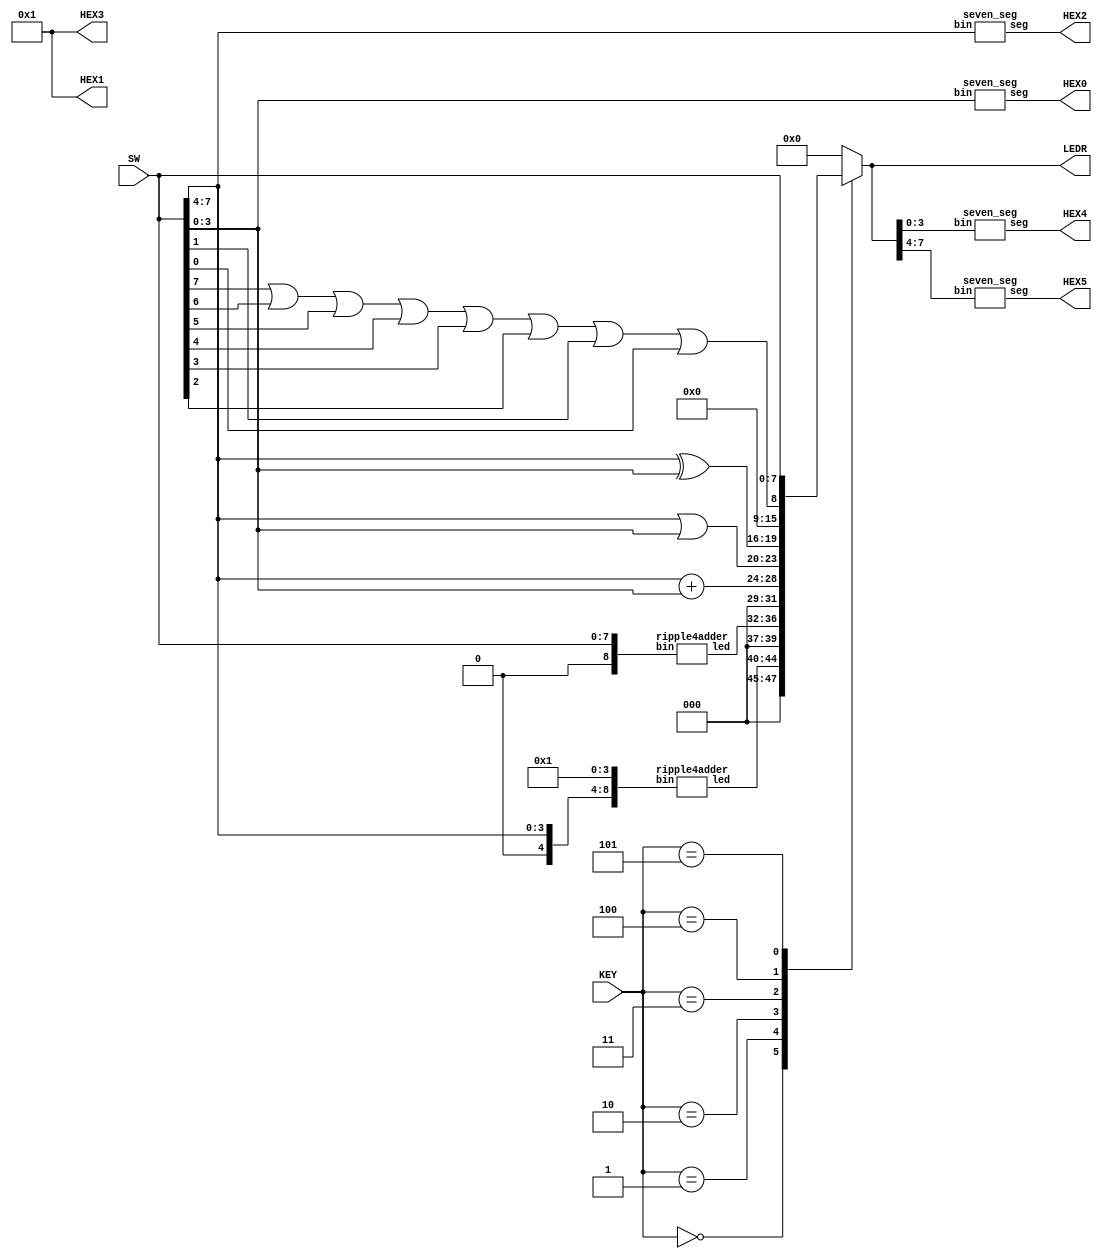
module alu(SW, KEY, LEDR, HEX0, HEX1, HEX2, HEX3, HEX4, HEX5);
    input [7:0] SW; // A -> SW[7:4], B -> SW[3:0]
    input [2:0] KEY; // function inputs
    output [7:0] LEDR; // for ALUout
    output [0:6] HEX0, HEX1, HEX2, HEX3, HEX4, HEX5;
    wire [4:0] f0;
    wire [4:0] f1;
    
    reg [7:0] ALUout;

    assign HEX1 = 7'b0000001;
    assign HEX3 = 7'b0000001;


    ripple4adder r0(
        .bin({1'b0, SW[7:4], 4'b0001}),
        .led(f0)
    );

    ripple4adder r1(
        .bin({1'b0, SW[7:0]}),
        .led(f1)
    );

    always @(*)
    begin
        case(KEY[2:0])
            0: ALUout = {3'b000, f0};
            1: ALUout = {3'b000, f1};
            2: ALUout = SW[7:4] + SW[3:0];
            3: ALUout = {SW[7:4] | SW[3:0], SW[7:4] ^ SW[3:0]};
            4: ALUout = {7'b0000000, SW[7] | SW[6] | SW[5] | SW[4] | SW[3] | SW[2] | SW[1] | SW[0]};
            5: ALUout = SW[7:0];
            default: ALUout = 8'b00000000;
        endcase
    end
    
    assign LEDR = ALUout;

    seven_seg h0(
        .bin(SW[3:0]),
        .seg(HEX0)
    );

    seven_seg h2(
        .bin(SW[7:4]),
        .seg(HEX2)
    );

    seven_seg h4(
        .bin(ALUout[3:0]),
        .seg(HEX4)
    );

    seven_seg h5(
        .bin(ALUout[7:4]),
        .seg(HEX5)
    );
endmodule


module seven_seg(seg, bin);
    input [3:0] bin;
    output [0:6] seg;
    reg [0:6] seg;

    always @(bin)
    begin
        case (bin)
            0 : seg = 7'b0000001;
            1 : seg = 7'b1001111;
            2 : seg = 7'b0010010;
            3 : seg = 7'b0000110;
            4 : seg = 7'b1001100;
            5 : seg = 7'b0100100;
            6 : seg = 7'b0100000;
            7 : seg = 7'b0001111;
            8 : seg = 7'b0000000;
            9 : seg = 7'b0000100;
            10 : seg = 7'b0001000;
            11 : seg = 7'b1100000;
            12 : seg = 7'b0110001;
            13 : seg = 7'b1000010;
            14 : seg = 7'b0110000;
            15 : seg = 7'b0111000;
            default: seg = 7'b1111111;
        endcase
    end
endmodule


module ripple4adder(led, bin);
    input [8:0] bin;
    output [4:0] led;
    wire a, b, c;

    fulladder a0(
        .A(bin[0]),
        .B(bin[4]),
        .cin(bin[8]),
        .cout(a),
        .S(led[0])
    );

    fulladder a1(
        .A(bin[1]),
        .B(bin[5]),
        .cin(a),
        .cout(b),
        .S(led[1])
    );

    fulladder a2(
        .A(bin[2]),
        .B(bin[6]),
        .cin(b),
        .cout(c),
        .S(led[2])
    );

    fulladder a3(
        .A(bin[3]),
        .B(bin[7]),
        .cin(c),
        .cout(led[4]),
        .S(led[3])
    );
endmodule


module fulladder(A, B, cin, cout, S);
    input A;
    input B;
    input cin;
    output cout;
    output S;
    
    assign S = cin ^ (A ^ B);
    assign cout = A & B | A & cin | B & cin;
endmodule